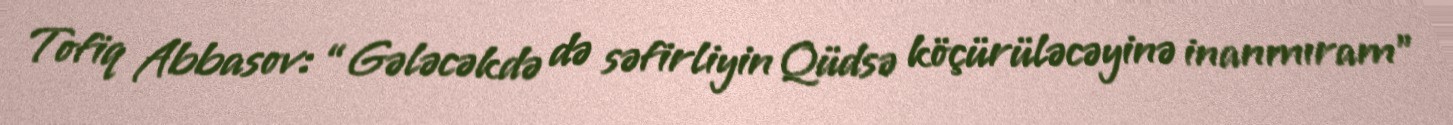
Tofiq Abbasov: “Gələcəkdə də səfirliyin Qüdsə köçürüləcəyinə inanmıram”